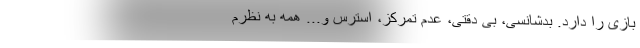
بازی را دارد. بدشانسی، بی دقتی، عدم تمرکز، استرس و... همه به نظرم